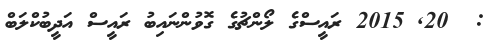
:  20